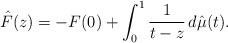
LaTeX: \begin{align*}\hat F(z) = -F(0) + \int_0^1 \frac1{t-z}\,d\hat\mu(t).\end{align*}